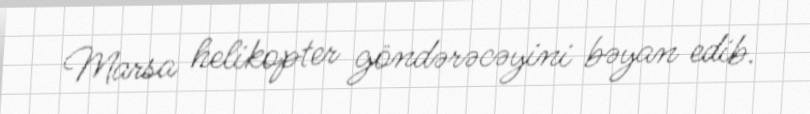
Marsa helikopter göndərəcəyini bəyan edib.